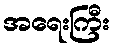
အရေးကြီး